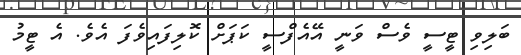
ބަލިވި ޓީސީ ވެސް ވަނީ އޭއެފްސީ ކަޕަށް ކޮލިފައިވެފަ އެވެ. އެ ޓީމު